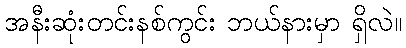
အနီးဆုံးတင်းနစ်ကွင်း ဘယ်နားမှာ ရှိလဲ။